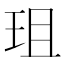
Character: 珇